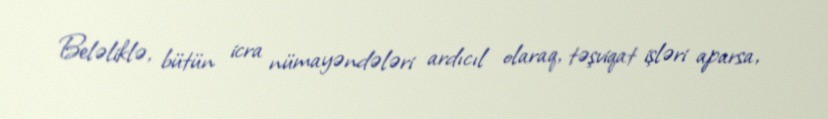
Beləliklə, bütün icra nümayəndələri ardıcıl olaraq, təşviqat işləri aparsa,